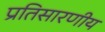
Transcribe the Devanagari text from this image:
प्रतिसारणीय